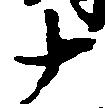
十